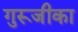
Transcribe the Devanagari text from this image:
गुरूजीका